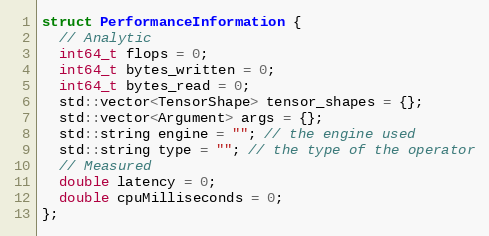
Language: C
struct PerformanceInformation {
  // Analytic
  int64_t flops = 0;
  int64_t bytes_written = 0;
  int64_t bytes_read = 0;
  std::vector<TensorShape> tensor_shapes = {};
  std::vector<Argument> args = {};
  std::string engine = ""; // the engine used
  std::string type = ""; // the type of the operator
  // Measured
  double latency = 0;
  double cpuMilliseconds = 0;
};